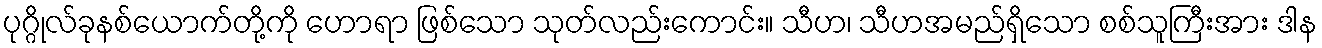
ပုဂ္ဂိုလ်ခုနစ်ယောက်တို့ကို ဟောရာ ဖြစ်သော သုတ်လည်းကောင်း။ သီဟ၊ သီဟအမည်ရှိသော စစ်သူကြီးအား ဒါန